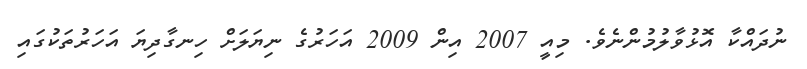
ނުދައްކާ އޮޅުވާލުމުންނެވެ. މިއީ 2007 އިން 2009 އަހަރުގެ ނިޔަލަށް ހިނގާދިޔަ އަހަރުތަކުގައި